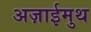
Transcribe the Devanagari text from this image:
अज़ाईमुथ